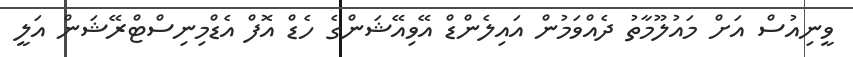
ވީނިއުސް އަށް މައުލޫމާތު ދެއްވަމުން އައިލެންޑް އޭވިއޭޝަންގެ ހެޑް އޮފް އެޑްމިނިސްޓްރޭޝަން އަލީ